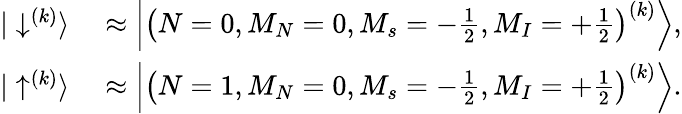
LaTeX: \begin{array}{rl}{|\downarrow^{(k)}\rangle}&{{}\approx\left|\left(N=0,M_{N}=0,M_{s}=-\frac{1}{2},M_{I}=+\frac{1}{2}\right)^{(k)}\right\rangle,}\\ {|\uparrow^{(k)}\rangle}&{{}\approx\left|\left(N=1,M_{N}=0,M_{s}=-\frac{1}{2},M_{I}=+\frac{1}{2}\right)^{(k)}\right\rangle.}\end{array}